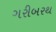
ગરીબરથ